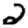
Digit: 2